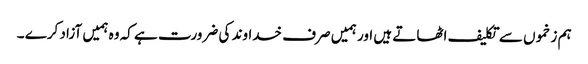
ہم زخموں سے تکلیف اٹھاتے ہیں اور ہمیں صرف خداوند کی ضرورت ہے کہ وہ ہمیں آزاد کرے ۔